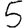
Digit: 5